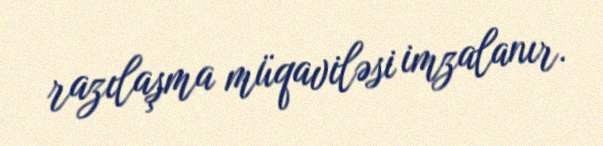
razılaşma müqaviləsi imzalanır.